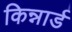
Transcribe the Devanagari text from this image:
किन्नार्ड